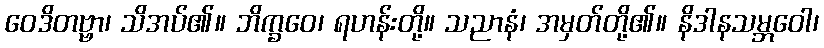
ဝေဒိတဗ္ဗာ၊ သိအပ်၏။ ဘိက္ခဝေ၊ ရဟန်းတို့။ သညာနံ၊ အမှတ်တို့၏။ နိဒါနသမ္ဘဝေါ၊